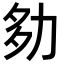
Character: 𡖎